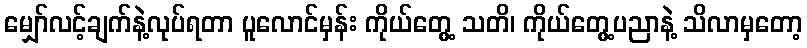
မျှော်လင့်ချက်နဲ့လုပ်ရတာ ပူလောင်မှန်း ကိုယ်တွေ့ သတိ၊ ကိုယ်တွေ့ပညာနဲ့ သိလာမှတော့